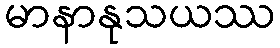
မာနာနုသယဿ